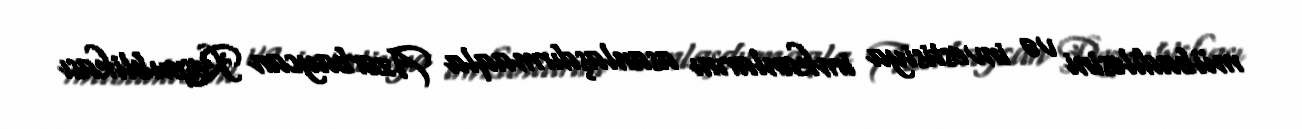
mübadiləsini və investisiya imkanlarını asanlaşdırmaqla Azərbaycan Respublikası